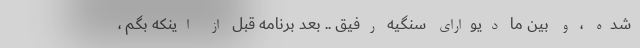
شده ، و بین ما دیواراى سنگیه رفیق .. بعد برنامه قبل از اینکه بگم ،